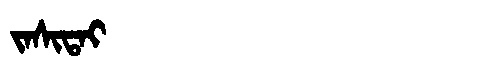
Manchu: ᠵᠠᠰᡳᡨᠠᡳ
Romanization: JASITAI